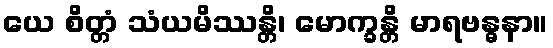
ယေ စိတ္တံ သံယမိဿန္တိ၊ မောက္ခန္တိ မာရဗန္ဓနာ။